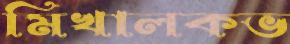
মিখালকভ